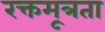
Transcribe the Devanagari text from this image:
रक्तमूत्रता